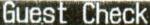
GUEST CHECK